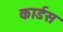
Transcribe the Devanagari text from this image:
कार्डस